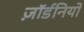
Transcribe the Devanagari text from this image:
ज़ॉर्डनियों